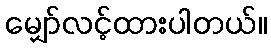
မျှော်လင့်ထားပါတယ်။